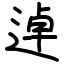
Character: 逴